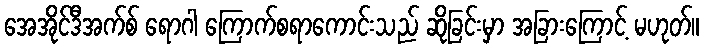
အေအိုင်ဒီအက်စ် ရောဂါ ကြောက်စရာကောင်းသည် ဆိုခြင်းမှာ အခြားကြောင့် မဟုတ်။